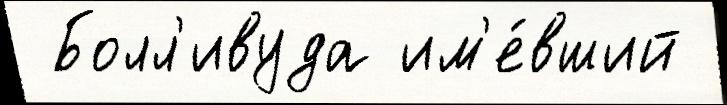
 Болл'ивуда им'е́вший